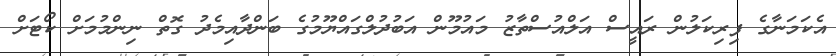
އެކަމަނާގެ ފިރިކަލުން ރައީސް އަލްއުސްތާޒު މައުމޫން އަބުދުލްގައްޔޫމުގެ ބަންދާއިމެދު ގޮތް ނިންމުމަށް ކޯޓަށް